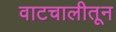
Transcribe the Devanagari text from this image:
वाटचालीतून